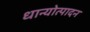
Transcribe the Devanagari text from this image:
धान्योत्पादन